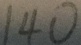
1 4 0